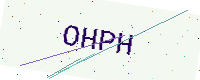
Text: OHPH